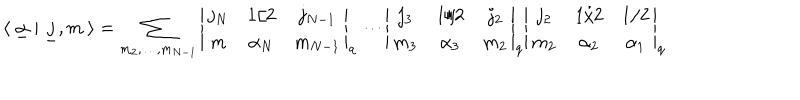
LaTeX: \langle \ \underline { { \alpha } } \ | \ \underline { { j } } , m \ \rangle = \sum _ { m _ { 2 } , \dots , m _ { N - 1 } } \left| \begin{matrix} { { j _ { N } } } & { { 1 / 2 } } & { { j _ { N - 1 } } } \\ { { m } } & { { \alpha _ { N } } } & { { m _ { N - 1 } } } \\ \end{matrix} \right| _ { q } \cdots \left| \begin{matrix} { { j _ { 3 } } } & { { 1 / 2 } } & { { j _ { 2 } } } \\ { { m _ { 3 } } } & { { \alpha _ { 3 } } } & { { m _ { 2 } } } \\ \end{matrix} \right| _ { q } \left| \begin{matrix} { { j _ { 2 } } } & { { 1 / 2 } } & { { 1 / 2 } } \\ { { m _ { 2 } } } & { { \alpha _ { 2 } } } & { { \alpha _ { 1 } } } \\ \end{matrix} \right| _ { q }